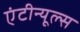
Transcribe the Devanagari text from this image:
एंटीन्यूल्स